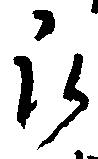
被